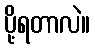
ပို့ရတာလဲ။